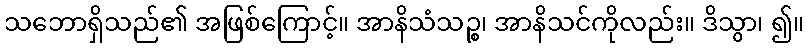
သဘောရှိသည်၏ အဖြစ်ကြောင့်။ အာနိသံသဉ္စ၊ အာနိသင်ကိုလည်း။ ဒိသွာ၊ ၍။